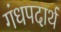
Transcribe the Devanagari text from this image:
गंधपदार्थ